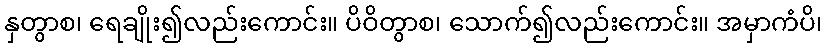
နှတွာစ၊ ရေချိုး၍လည်းကောင်း။ ပိဝိတွာစ၊ သောက်၍လည်းကောင်း။ အမှာကံပိ၊